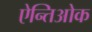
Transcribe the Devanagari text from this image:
ऐन्तिओक